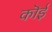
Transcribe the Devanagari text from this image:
कॊई